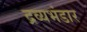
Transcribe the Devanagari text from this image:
द्रव्यभंडार